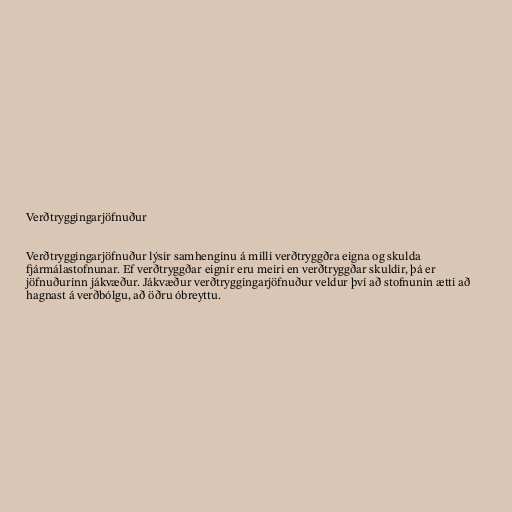
Verðtryggingarjöfnuður

Verðtryggingarjöfnuður lýsir samhenginu á milli verðtryggðra eigna og skulda
fjármálastofnunar. Ef verðtryggðar eignir eru meiri en verðtryggðar skuldir, þá er
jöfnuðurinn jákvæður. Jákvæður verðtryggingarjöfnuður veldur því að stofnunin ætti að
hagnast á verðbólgu, að öðru óbreyttu.